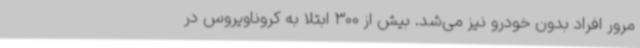
مرور افراد بدون خودرو نیز می‌شد. بیش از 300 ابتلا به کروناویروس در